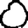
Digit: 0